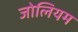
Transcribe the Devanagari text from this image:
जोलियम